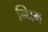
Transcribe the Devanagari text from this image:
न्धिम